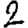
Digit: 2